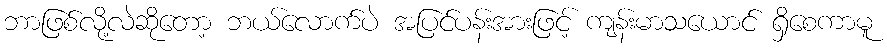
ဘာဖြစ်လို့လဲဆိုတော့ ဘယ်လောက်ပဲ အပြင်ပန်းအားဖြင့် ကျန်းမာသယောင် ရှိစေကာမူ